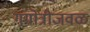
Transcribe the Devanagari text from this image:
गंगोत्रीजवळ